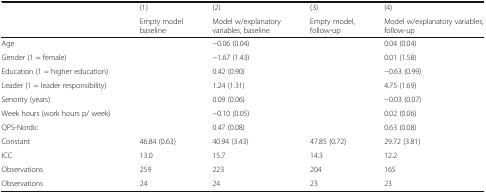
|  | (1) | (2) | (3) | (4) |
 |  | Empty model baseline | Model w/explanatory variables, baseline | Empty model, follow-up | Model w/explanatory variables, follow-up |
 | --- | --- | --- | --- | --- |
 | Age |  | −0.06 (0.04) |  | 0.04 (0.04) |
 | Gender (1 = female) |  | −1.67 (1.43) |  | 0.01 (1.58) |
 | Education (1 = higher education) |  | 0.42 (0.90) |  | −0.63 (0.99) |
 | Leader (1 = leader responsibility) |  | 1.24 (1.31) |  | 4.75 (1.69) |
 | Senority (years) |  | 0.09 (0.06) |  | −0.03 (0.07) |
 | Week hours (work hours p/ week) |  | −0.10 (0.05) |  | 0.02 (0.06) |
 | QPS-Nordic |  | 0.47 (0.08) |  | 0.63 (0.08) |
 | Constant | 46.84 (0.63) | 40.94 (3.43) | 47.85 (0.72) | 29.72 (3.81) |
 | ICC | 13.0 | 15.7 | 14.3 | 12.2 |
 | Observations | 259 | 223 | 204 | 165 |
 | Observations | 24 | 24 | 23 | 23 |